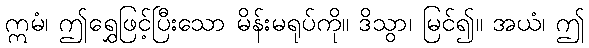
ဣမံ၊ ဤရွှေဖြင့်ပြီးသော မိန်းမရုပ်ကို။ ဒိသွာ၊ မြင်၍။ အယံ၊ ဤ